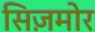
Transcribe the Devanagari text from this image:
सिज़मोर